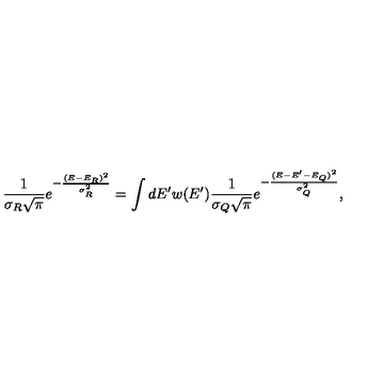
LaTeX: { \frac { 1 } { \sigma _ { R } \sqrt { \pi } } } e ^ { - { \frac { ( E - E _ { R } ) ^ { 2 } } { \sigma _ { R } ^ { 2 } } } } = \int d E ^ { \prime } w ( E ^ { \prime } ) { \frac { 1 } { \sigma _ { Q } \sqrt { \pi } } } e ^ { - { \frac { ( E - E ^ { \prime } - E _ { Q } ) ^ { 2 } } { \sigma _ { Q } ^ { 2 } } } } ,